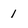
Character: 1